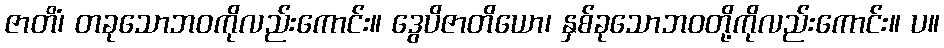
ဇာတိံ၊ တခုသောဘဝကိုလည်းကောင်း။ ဒွေပိဇာတိယော၊ နှစ်ခုသောဘဝတို့ကိုလည်းကောင်း။ ပ။